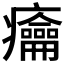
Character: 𱱰